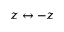
z \leftrightarrow - z